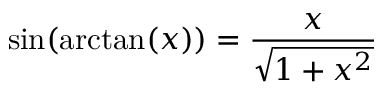
\sin ( \arctan ( x ) ) = { \frac { x } { \sqrt { 1 + x ^ { 2 } } } }